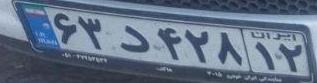
۶۳د۴۲۸۱۲